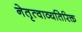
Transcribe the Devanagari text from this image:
नेतृत्वाव्यतिरिक्त